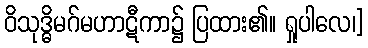
ဝိသုဒ္ဓိမဂ်မဟာဋီကာ၌ ပြထား၏။ ရှုပါလေ၊]